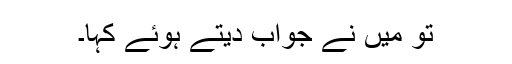
تو میں نے جواب دیتے ہوئے کہا۔